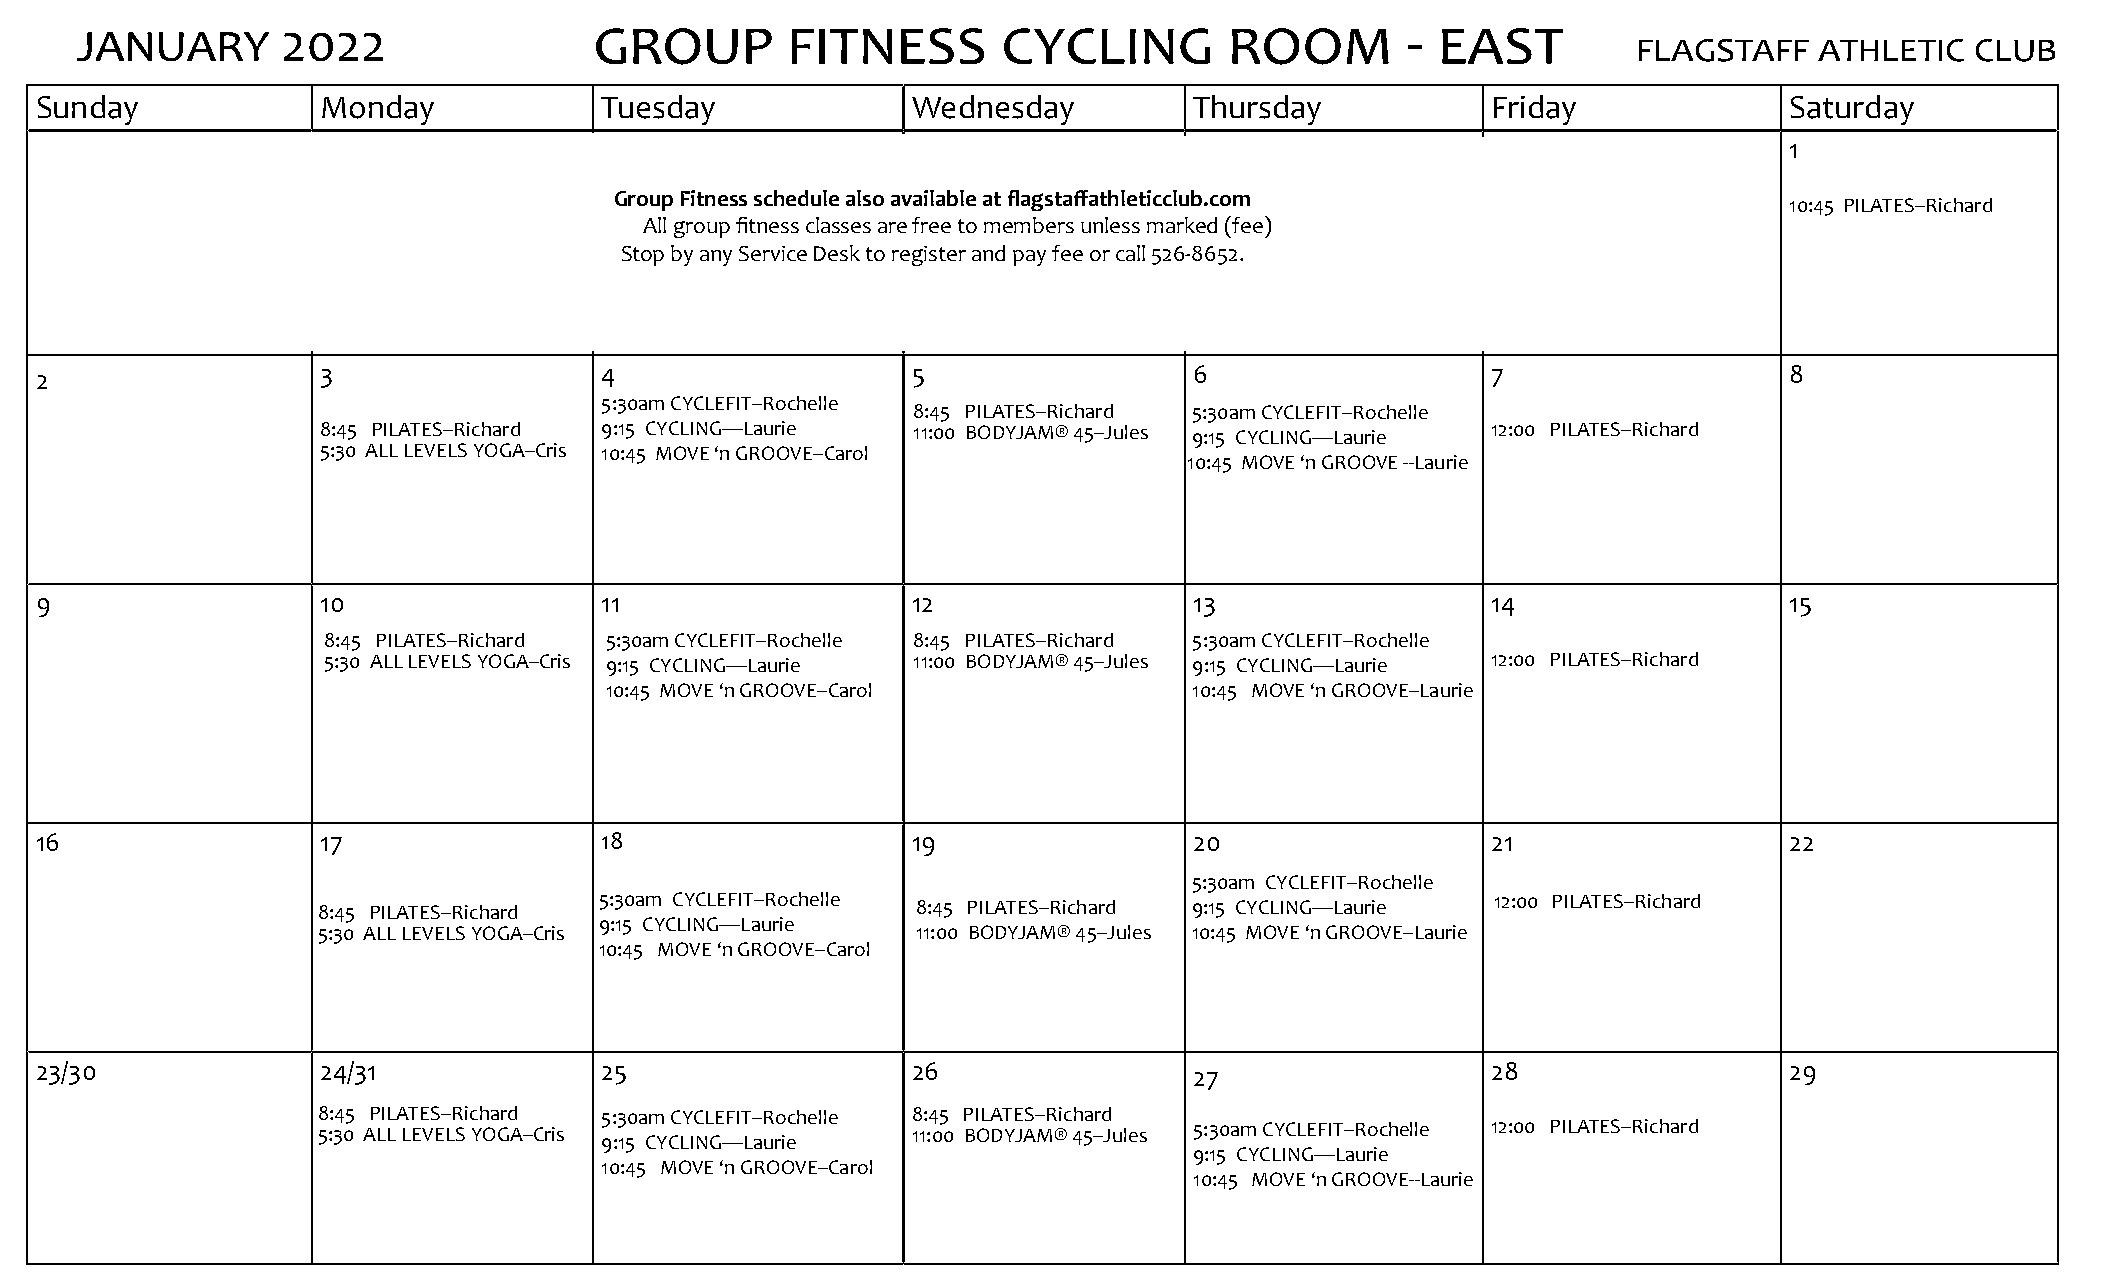
JANUARY       2022                GRoUp        FITNESS       CYCLING        RooM        - EAST
 FLAGSTAFF   ATHLETIC   CLUB
 Sunday             Monday             Tuesday             Wednesday          Thursday            Friday             Saturday
 1
 Group Fitness schedule also available at flagstaffathleticclub.com
 10:45 PILATES--Richard
 All group fitness classes are free to members unless marked (fee)
 Stop by any Service Desk to register and pay fee or call 526-8652.
 2                  3                  4                   5                  6                   7                  8
 5:30am CYCLEFIT--Rochelle
 8:45 PILATES--Richard 5:30am CYCLEFIT--Rochelle
 8:45 PILATES--Richard 9:15 CYCLING—Laurie 11:00 BODYJAM® 45--Jules 9:15 CYCLING—Laurie 12:00 PILATES--Richard
 5:30 ALL LEVELS YOGA--Cris 10:45 MOVE ‘n GROOVE--Carol
 10:45 MOVE ‘n GROOVE --Laurie
 9                  10                 11                  12                 13                  14                 15
 8:45 PILATES--Richard 5:30am CYCLEFIT--Rochelle 8:45 PILATES--Richard 5:30am CYCLEFIT--Rochelle
 5:30 ALL LEVELS YOGA--Cris 9:15 CYCLING—Laurie 11:00 BODYJAM® 45--Jules 9:15 CYCLING—Laurie 12:00 PILATES--Richard
 10:45 MOVE ‘n GROOVE--Carol            10:45 MOVE ‘n GROOVE--Laurie
 16                 17                 18                  19                 20                  21                 22
 5:30am CYCLEFIT--Rochelle
 8:45 PILATES--Richard 5:30am CYCLEFIT--Rochelle 8:45 PILATES--Richard 9:15 CYCLING—Laurie 12:00 PILATES--Richard
 9:15 CYCLING—Laurie
 5:30 ALL LEVELS YOGA--Cris              11:00 BODYJAM® 45--Jules 10:45 MOVE ‘n GROOVE--Laurie
 10:45 MOVE ‘n GROOVE--Carol
 23/30              24/31              25                  26                 27                  28                 29
 8:45 PILATES--Richard 5:30am CYCLEFIT--Rochelle 8:45 PILATES--Richard
 5:30 ALL LEVELS YOGA--Cris             11:00 BODYJAM® 45--Jules 5:30am CYCLEFIT--Rochelle 12:00 PILATES--Richard
 9:15 CYCLING—Laurie
 9:15 CYCLING—Laurie
 10:45 MOVE ‘n GROOVE--Carol
 10:45 MOVE ‘n GROOVE--Laurie